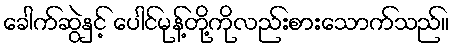
ခေါက်ဆွဲနှင့် ပေါင်မုန့်တို့ကိုလည်းစားသောက်သည်။